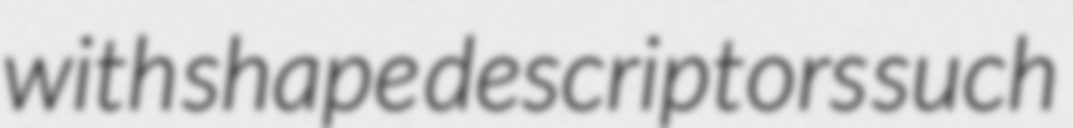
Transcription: with shape descriptors such